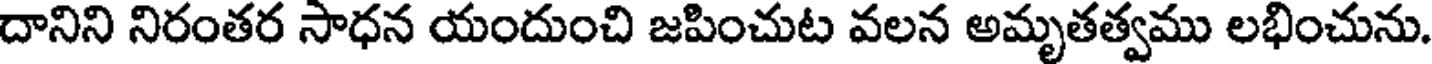
దానిని నిరంతర సాధన యందుంచి జపించుట వలన అమృతత్వము లభించును.